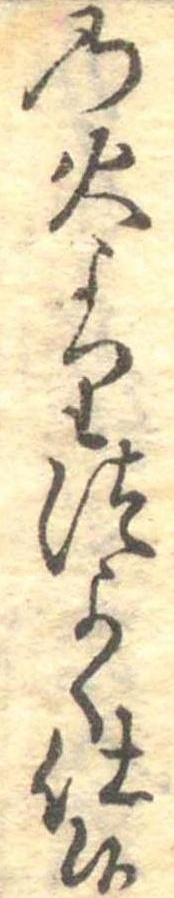
の火よりつよく仕候